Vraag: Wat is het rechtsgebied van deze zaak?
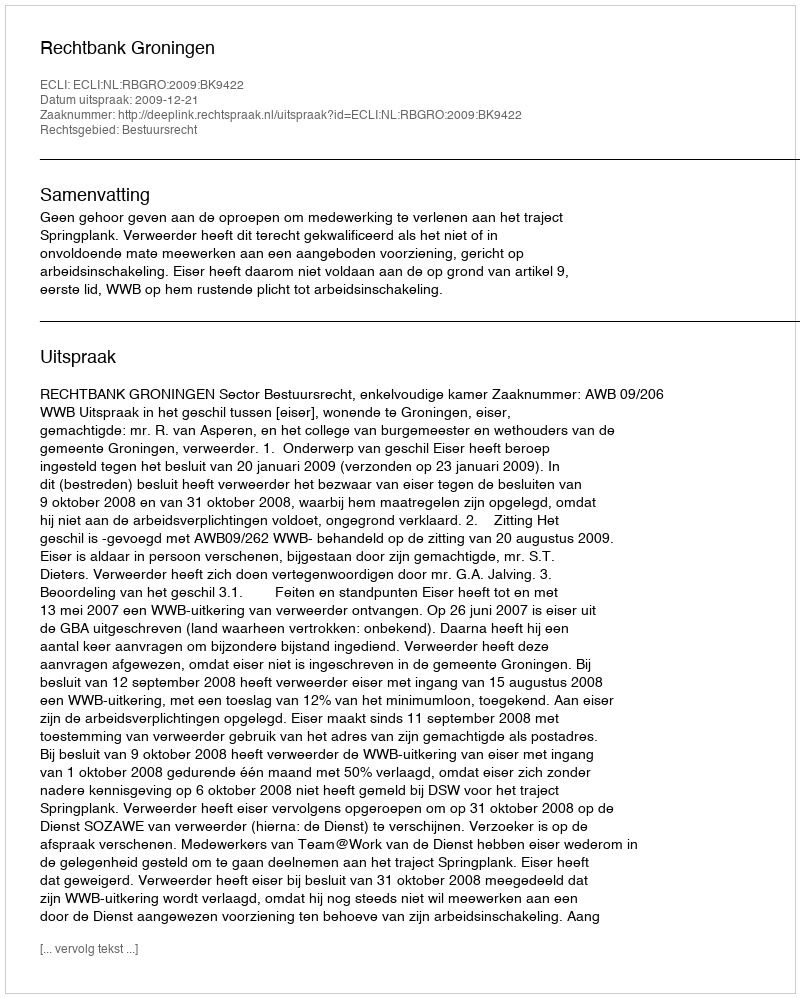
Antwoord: Bestuursrecht